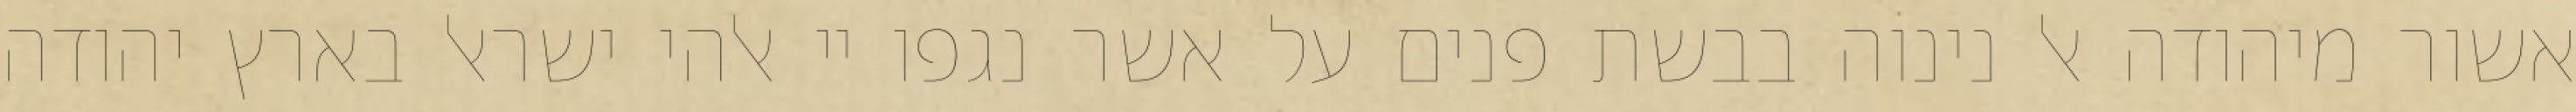
אשור מיהודה אל נינוה בבשת פנים על אשר נגפו יי אלהי ישראל בארץ יהודה